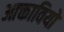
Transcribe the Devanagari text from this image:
आक्तावियो